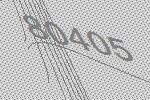
80405